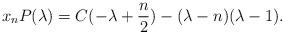
LaTeX: \begin{align*} x_nP(\lambda)=C(-\lambda+\frac n2)-(\lambda-n)(\lambda-1). \end{align*}